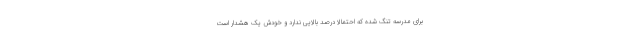
برای مدرسه تنگ شده که احتمالا درصد بالایی ندارد و خودش یک هشدار است